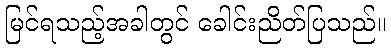
မြင်ရသည့်အခါတွင် ခေါင်းညိတ်ပြသည်။